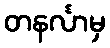
တနင်္လာမှ